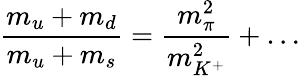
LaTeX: {\frac{m_{u}+m_{d}}{m_{u}+m_{s}}}={\frac{m_{\pi}^{2}}{m_{K^{+}}^{2}}}+\dots